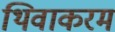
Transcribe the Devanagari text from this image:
थिवाकरम